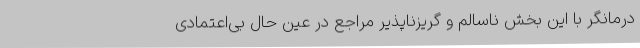
درمانگر با این بخش ناسالم و گریزناپذیر مراجع در عین حال بی‌اعتمادی